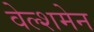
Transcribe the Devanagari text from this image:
वेल्शमेन